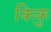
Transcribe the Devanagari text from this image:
किकु